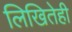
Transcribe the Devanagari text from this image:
लिखितेही